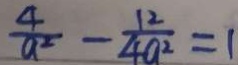
\frac { 4 } { a ^ { 2 } } - \frac { 1 2 } { 4 a ^ { 2 } } = 1